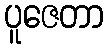
ပူဇေတာ